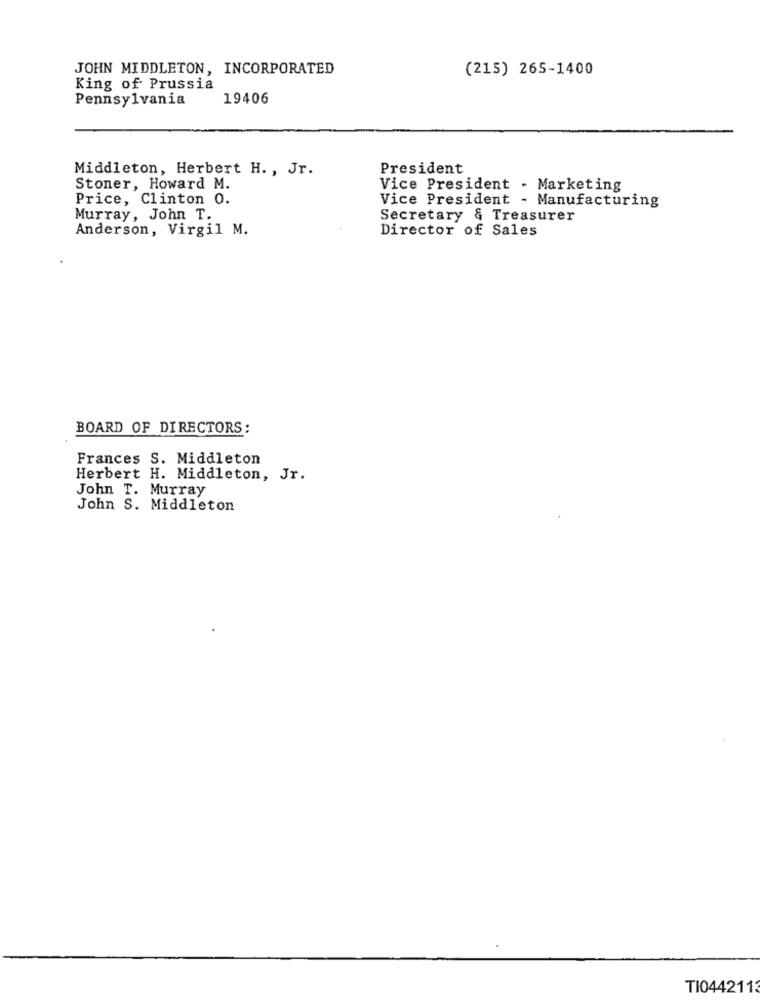
JOHN MIDDLETON, INCORPORATED
(215) 265-1400
King of Prussia
Pennsylvania
19406
Middleton, Herbert H. , Jr.
President
Stoner, Howard M.
Vice President - Marketing
Price, Clinton 0.
Vice President - Manufacturing
Murray, John T.
Secretary & Treasurer
Anderson, Virgil M.
Director of Sales
BOARD OF DIRECTORS:
Frances S. Middleton
Herbert H. Middleton, Jr.
John T. Murray
John S. Middleton
TI0442113